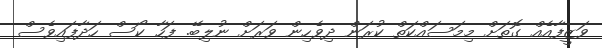
ވަޒީފާއެއް ގޮތަށް މިމަސައްކަތް ކުރަން ދިވެހިން ވަރަށް ނުލިބޭ. ފަހާ ކޯސް ހަދާފައިވެސް